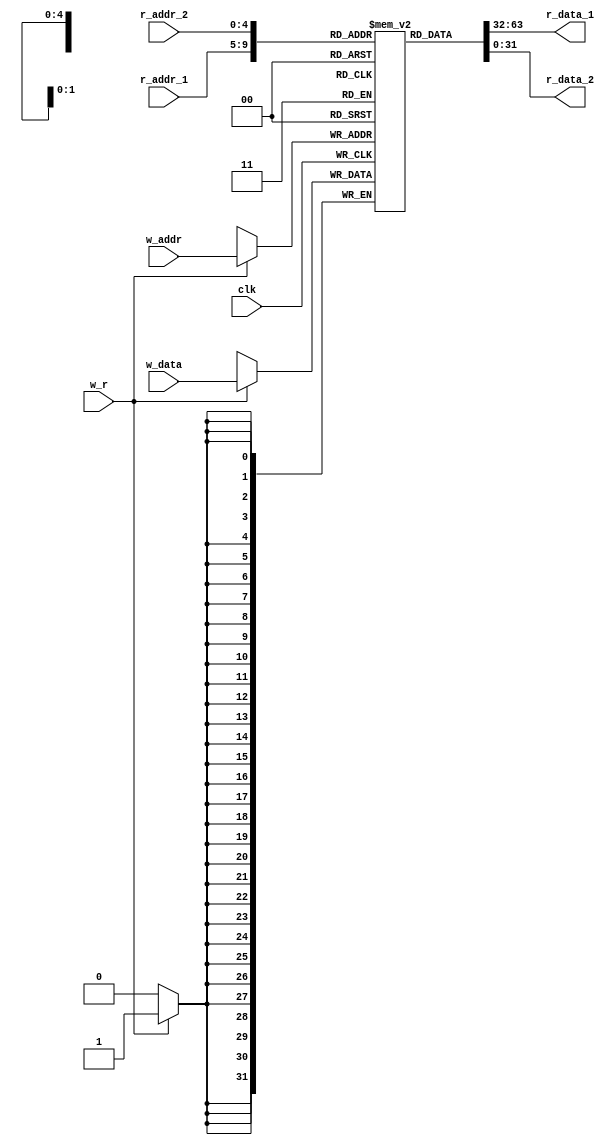
`timescale 1ns / 1ps
//////////////////////////////////////////////////////////////////////////////////
// Mauricio Salomon - 200900582
// Miguel Taylor -201117893
// Juan Pablo Arias Mora - 200826602
// Sebastian Gonzalez - 201159610
//////////////////////////////////////////////////////////////////////////////////
// w = write
// r = read

module RegisterArray( w_addr, w_data, r_addr_1, r_data_1, r_addr_2, r_data_2, w_r, clk);
	input [4:0] w_addr;
	input [4:0] r_addr_1;
	input [4:0] r_addr_2;
	input [31:0] w_data;
	input w_r;
	input clk;
	output [31:0] r_data_1;
	output [31:0] r_data_2;
	reg [31:0] RegCell [0:31];

	always @(posedge clk)
	begin
	if (w_r == 1) RegCell[w_addr] = w_data;
	end
	assign r_data_1 = RegCell[r_addr_1];
	assign r_data_2 = RegCell[r_addr_2];
	
endmodule